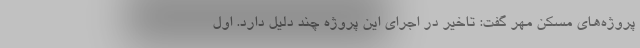
پروژه‌های مسکن مهر گفت: تاخیر در اجرای این پروژه چند دلیل دارد. اول